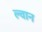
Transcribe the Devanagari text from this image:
ल्वान